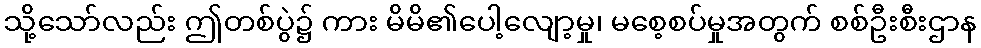
သို့သော်လည်း ဤတစ်ပွဲ၌ ကား မိမိ၏ပေါ့လျော့မှု၊ မစေ့စပ်မှုအတွက် စစ်ဦးစီးဌာန